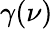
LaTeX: \gamma(\nu)